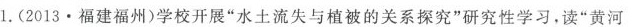
1.(2013·福建福州)学校开展”水土流失与植被的关系探究”研究性学习，读”黄河